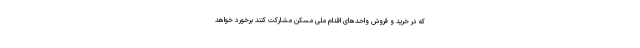
که در خرید و فروش واحدهای اقدام ملی مسکن مشارکت کنند برخورد خواهد